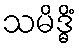
သမိဒ္ဓိံ